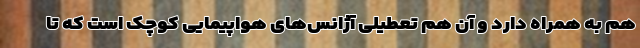
هم به همراه دارد و آن هم تعطیلی آژانس‌های هواپیمایی کوچک است که تا